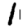
Digit: 1